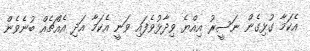
އެކަމާ ގުޅިގެން ނަސީރު އިއްޔެ ވިދާޅުވެފައި ވަނީ އެކަމާ އަދި އެއްޗެއް ބުނެވެން